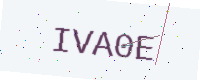
Text: IVA0E